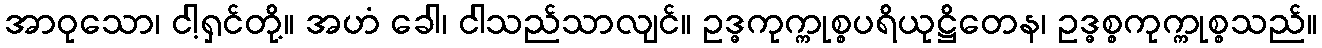
အာဝုသော၊ ငါ့ရှင်တို့။ အဟံ ခေါ၊ ငါသည်သာလျင်။ ဥဒ္ဓကုက္ကုစ္စပရိယုဋ္ဌိတေန၊ ဥဒ္ဓစ္စကုက္ကုစ္စသည်။